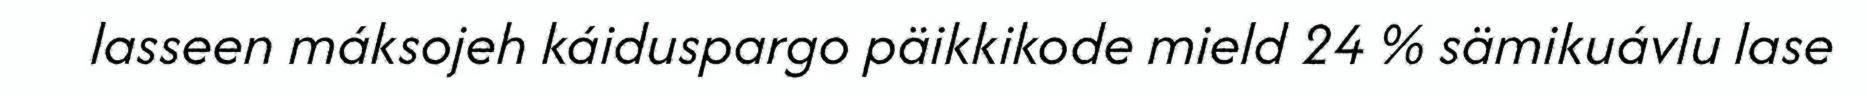
lasseen máksojeh káiduspargo päikkikode mield 24 % sämikuávlu lase